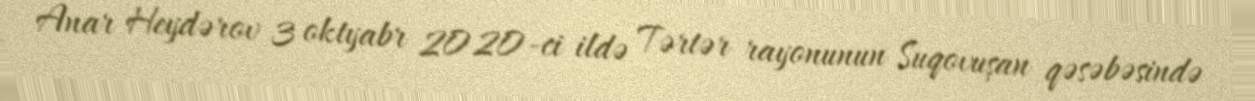
Anar Heydərov 3 oktyabr 2020-ci ildə Tərtər rayonunun Suqovuşan qəsəbəsində